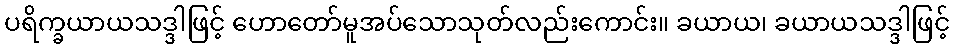
ပရိက္ခယာယသဒ္ဒါဖြင့် ဟောတော်မူအပ်သောသုတ်လည်းကောင်း။ ခယာယ၊ ခယာယသဒ္ဒါဖြင့်